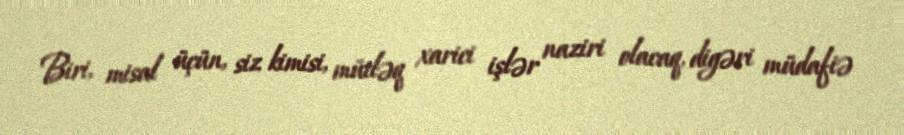
Biri, misal üçün, siz kimisi, mütləq xarici işlər naziri olacaq, digəri müdafiə